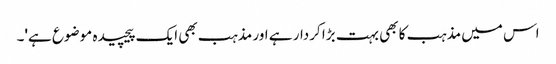
اس میں مذہب کا بھی بہت بڑا کردار ہے اور مذہب بھی ایک پیچیدہ موضوع ہے'۔